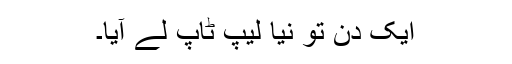
ایک دن تو نیا لیپ ٹاپ لے آیا۔